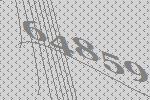
64859